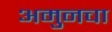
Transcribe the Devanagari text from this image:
अमुनचा